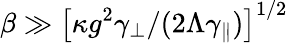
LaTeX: \beta\gg\left[\kappa g^{2}\gamma_{\perp}/(2\Lambda\gamma_{\parallel})\right]^{1/2}